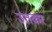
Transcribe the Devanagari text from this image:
उतकर